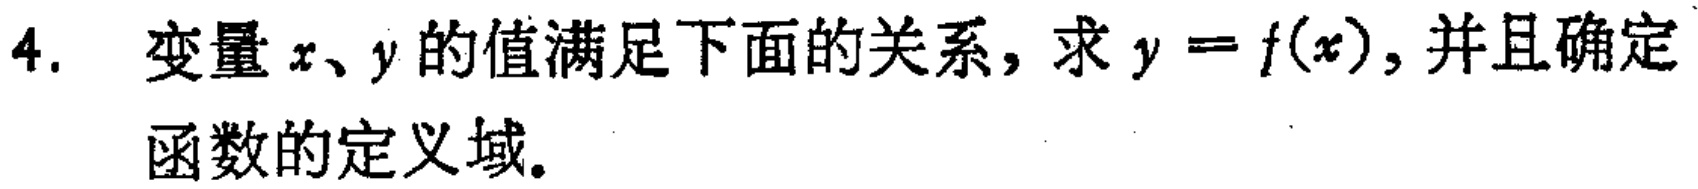
4. 变量\(x、y\)的值满足下面的关系，求\(y = f(x)\)，并且确定

函数的定义域。